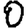
Digit: 0